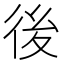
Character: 後